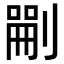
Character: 𠞫